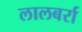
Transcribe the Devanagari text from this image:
लालबर्रा